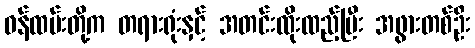
ဝန်ထမ်းတို့က တရားရုံးနှင့် အတင်းထိုးထည့်ပြီး အဖွားတစ်ဦး